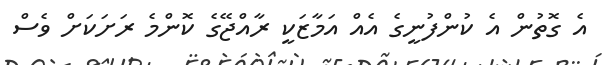
އެ ގޮތުން އެ ކުންފުނީގެ އެއް އަމާޒަކީ ރާއްޖޭގެ ކޮންމެ ރަށަކަށް ވެސް